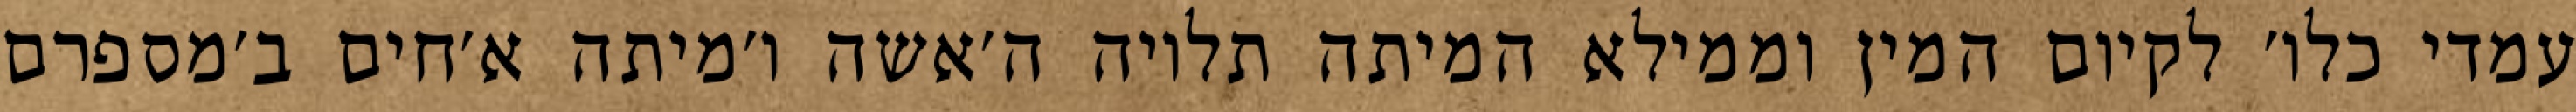
עמדי כלו׳ לקיום המין וממילא המיתה תלויה ה׳אשה ו׳מיתה א׳חים ב׳מספרם